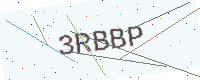
Text: 3RBBP